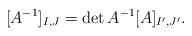
LaTeX: \begin{align*}[A^{-1}]_{I,J} = \det A^{-1}[A]_{I',J'}.\end{align*}